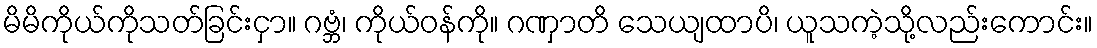
မိမိကိုယ်ကိုသတ်ခြင်းငှာ။ ဂဗ္ဘံ၊ ကိုယ်ဝန်ကို။ ဂဏှာတိ သေယျထာပိ၊ ယူသကဲ့သို့လည်းကောင်း။